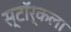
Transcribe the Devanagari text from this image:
स्टॉर्कला